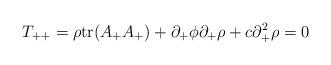
LaTeX: \begin{align*}T_{++} = \rho {\rm tr}(A_+ A_+) + \partial_+ \phi \partial_+ \rho + c \partial_+^2\rho = 0\end{align*}